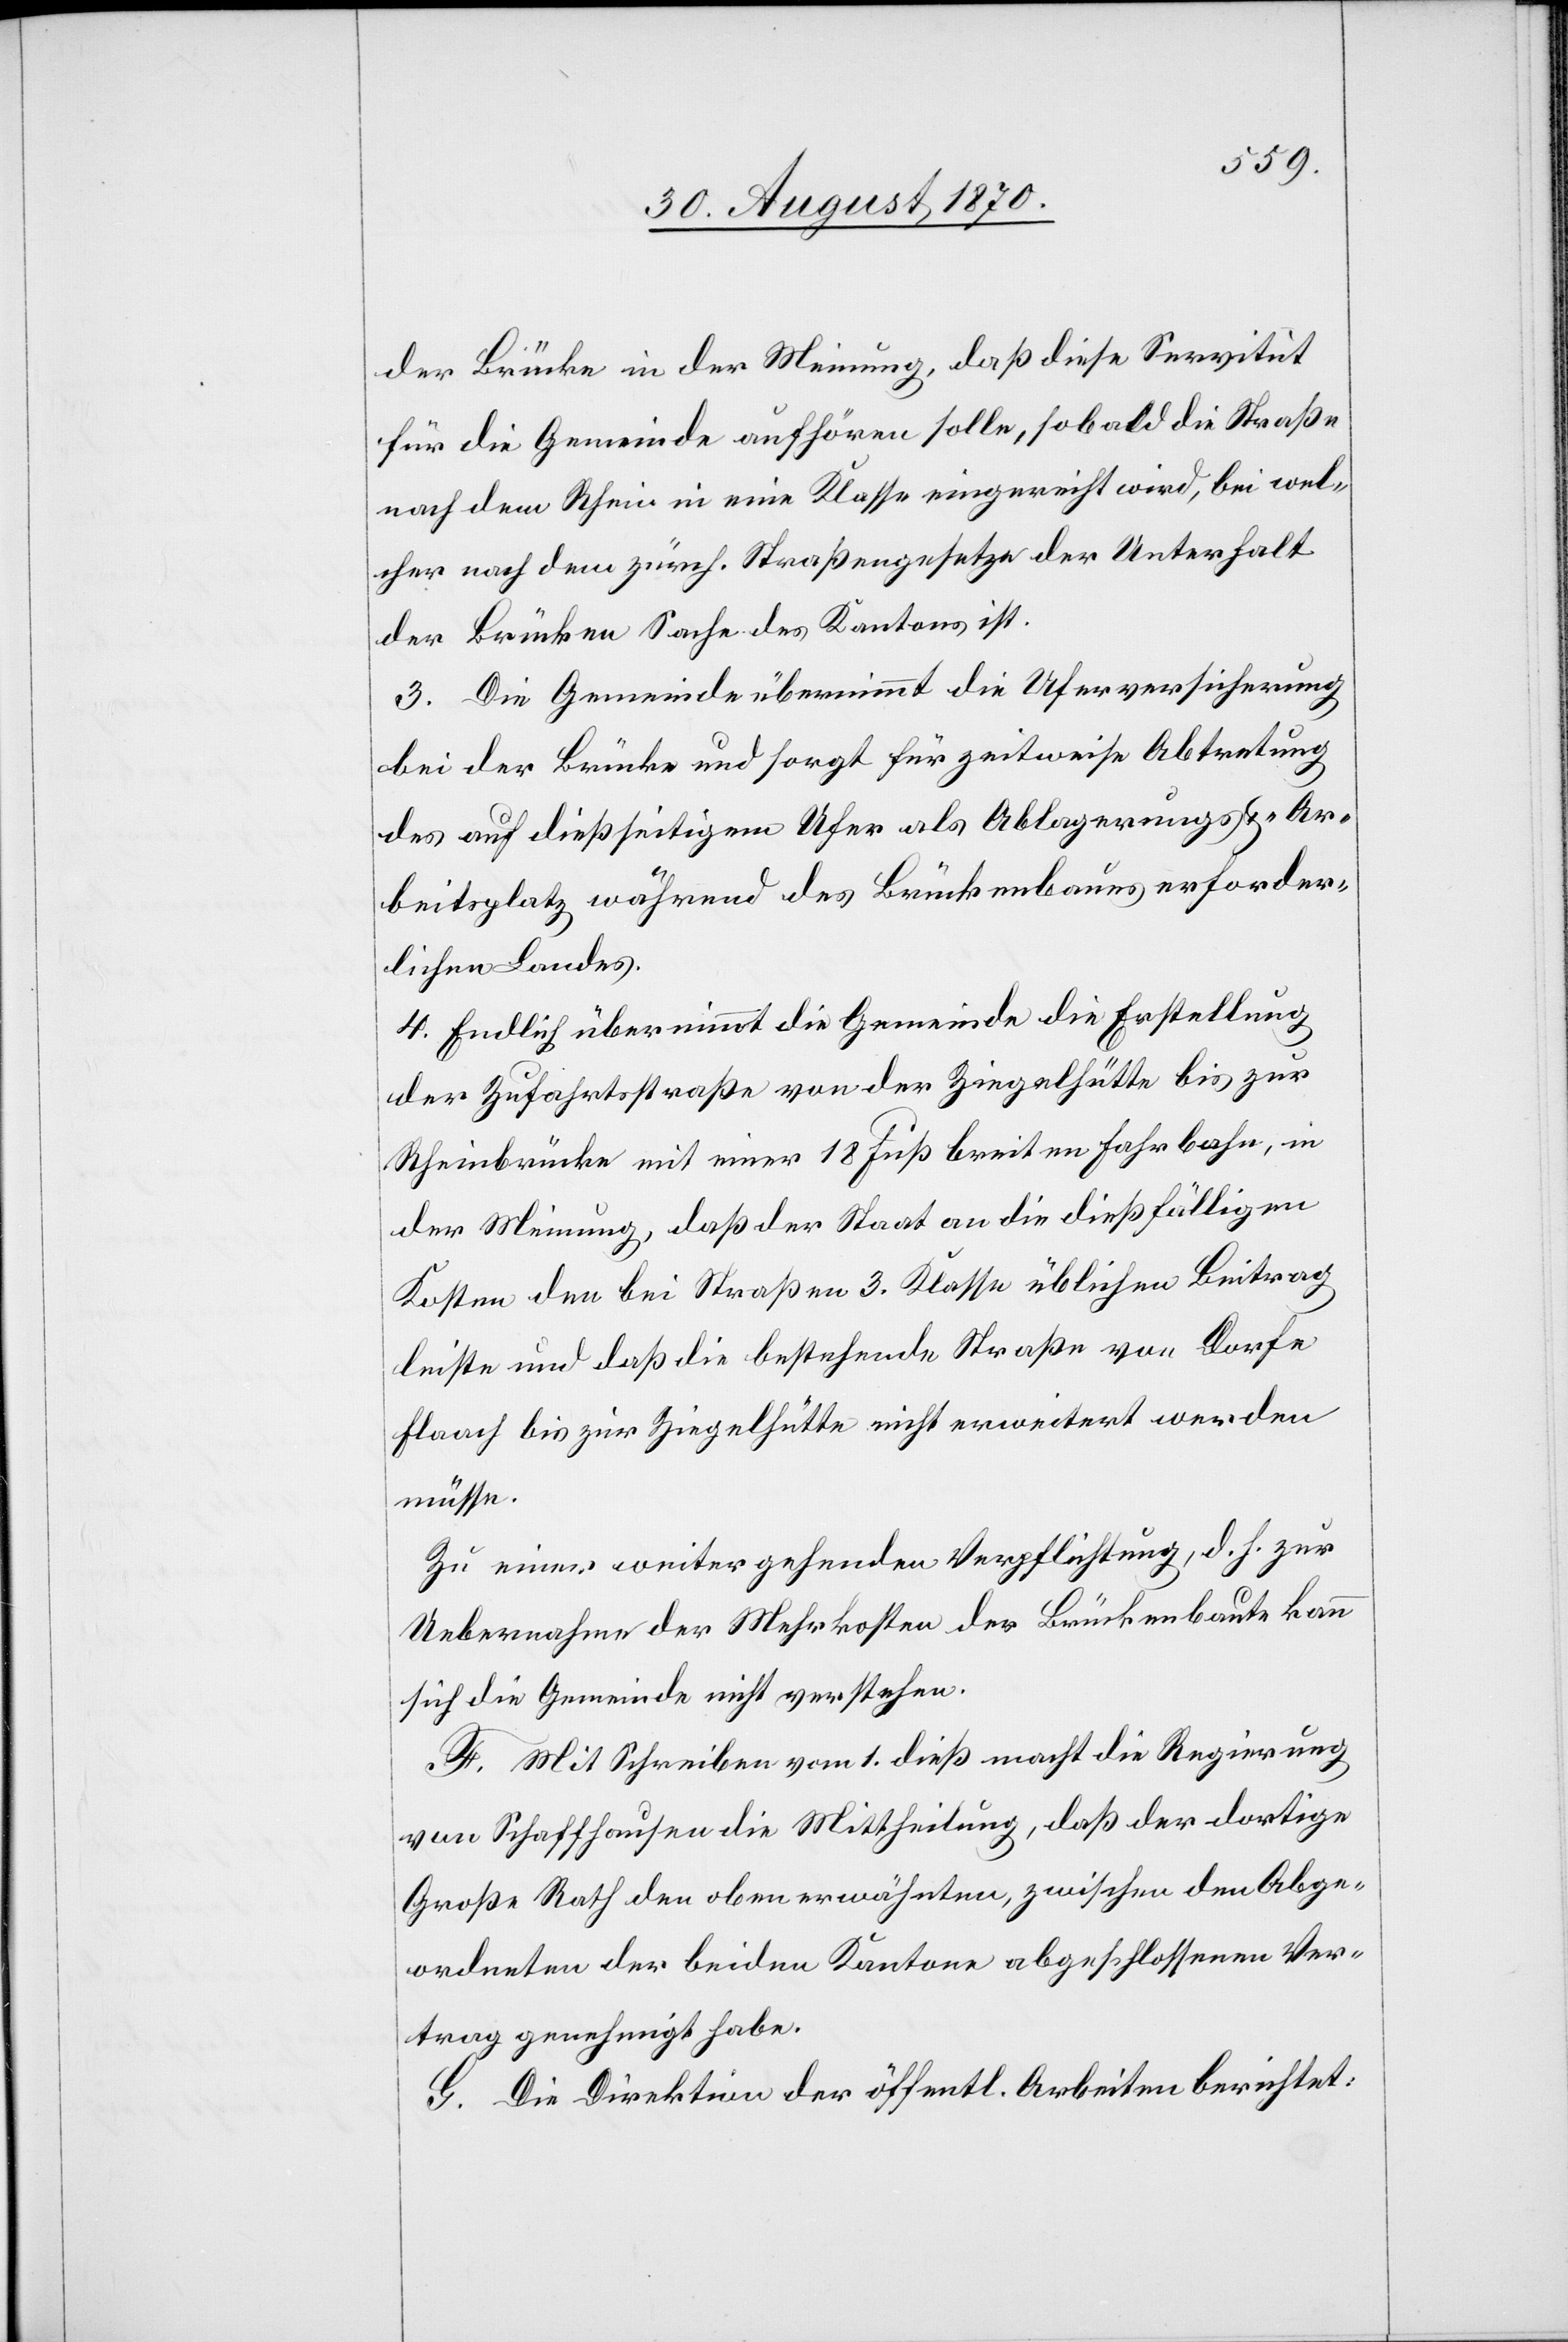
der Brücke in der Meinung, daß diese Servitut
für die Gemeinde aufhören solle, sobald die Straße
nach dem Rhein in eine Klasse eingereiht wird, bei wel¬
cher nach dem zürch. Straßengesetze der Unterhalt
der Brücken Sache des Kantons ist.
3. Die Gemeinde übernimmt die Uferversicherung
bei der Brücke und sorgt für zeitweise Abtretung
des auf dießseitigem Ufer als Ablagerungs- & Ar¬
beitsplatz während des Brückenbaues erforder¬
lichen Landes.
4. Endlich übernimmt die Gemeinde die Erstellung
der Zufahrtsstraße von der Ziegelhütte bis zur
Rheinbrücke mit einer 18 Fuß breiten Fahrbahn, in
der Meinung, daß der Staat an die dießfälligen
Kosten den bei Straßen 3. Klasse üblichen Beitrag
leiste und daß die bestehende Straße vom Dorfe
Flaach bis zur Ziegelhütte nicht erweitert werden
müsse.
Zu einer weitergehenden Verpflichtung, d. h. zur
Uebernahme der Mehrkosten der Brückenbaute kann
sich die Gemeinde nicht verstehen.
F. Mit Schreiben vom 1. dieß mach die Regierung
von Schaffhausen die Mittheilung, daß der dortige
Große Rath den oben erwähnten, zwischen den Abge¬
ordneten der beiden Kantone abgeschlossenen Ver¬
trag genehmigt habe.
G. Die Direktion der öffentl. Arbeiten berichtet: